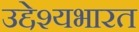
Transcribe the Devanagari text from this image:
उद्देश्यभारत